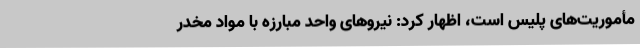
مأموریت‌های پلیس است، اظهار کرد: نیروهای واحد مبارزه با مواد مخدر